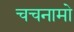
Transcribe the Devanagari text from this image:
चचनामो